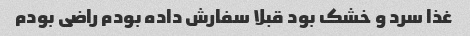
غذا سرد و خشک بود قبلا سفارش داده بودم راضی بودم